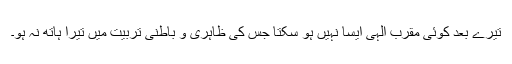
تیرے بعد کوئی مقرب الٰہی ایسا نہیں ہو سکتا جس کی ظاہری و باطنی تربیت میں تیرا ہاتھ نہ ہو۔